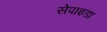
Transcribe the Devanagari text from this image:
सेपाइडा